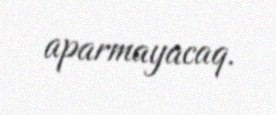
aparmayacaq.